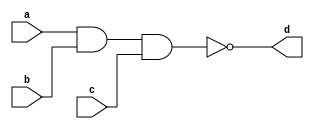
module sam_nand3(a,b,c,d);
input a,b,c;
output d;
nand n1(d,a,b,c);
endmodule